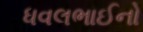
ધવલભાઈનો